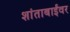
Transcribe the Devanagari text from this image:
शांताबाईंवर